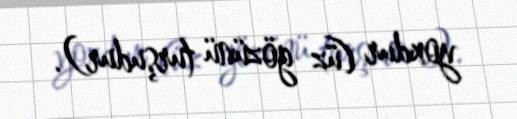
yoxdur (üz gözünü turşudur).